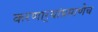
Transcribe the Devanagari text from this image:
करणार्‍यांप्रमाणेच